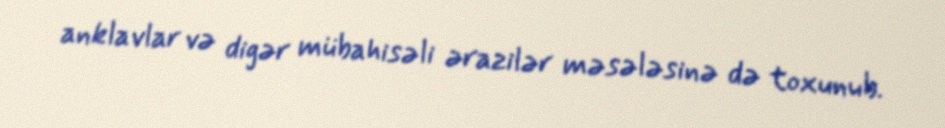
anklavlar və digər mübahisəli ərazilər məsələsinə də toxunub.